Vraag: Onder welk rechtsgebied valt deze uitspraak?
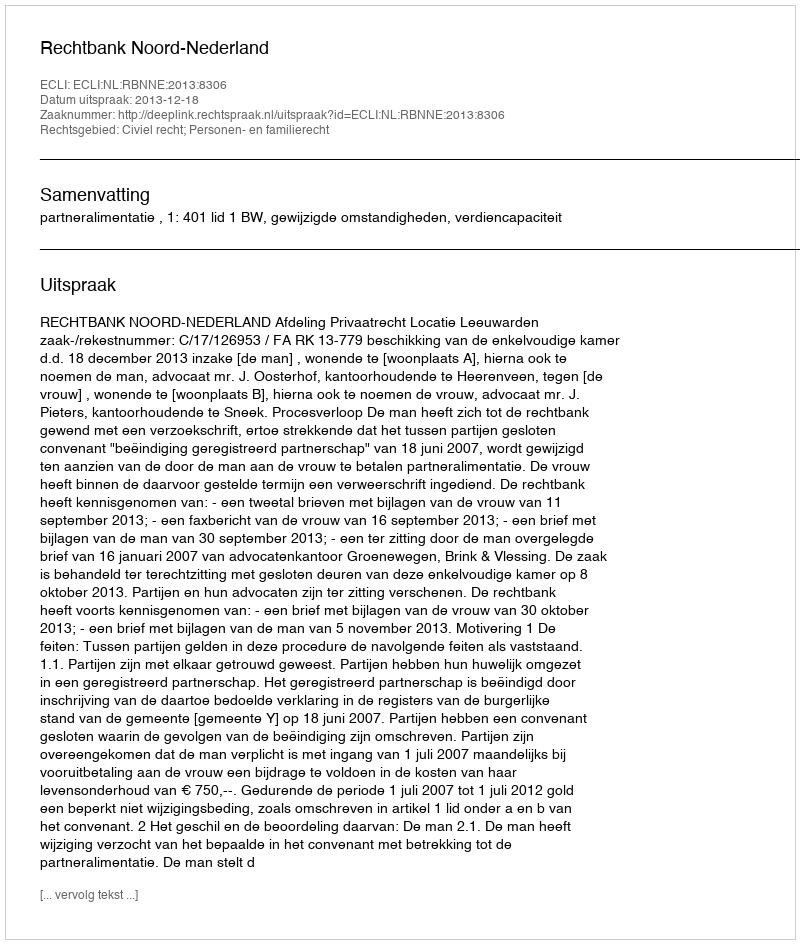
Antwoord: Civiel recht; Personen- en familierecht